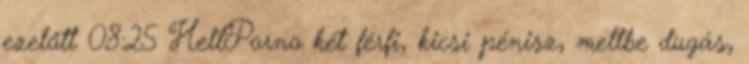
ezelőtt 08:25 HellPorno két férfi, kicsi pénisz, mellbe dugás,